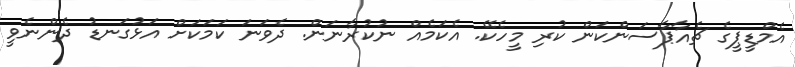
އެމްޑީޕީގެ ޗެއާޕާސަންކަން ކުރި މީހެކޭ. އެކަމެއް ނުކުރާނަން. ދެވަނަ ކަމަކަށް އަޅުގަނޑު ދެންނެވީ